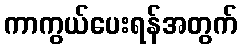
ကာကွယ်ပေးရန်အတွက်